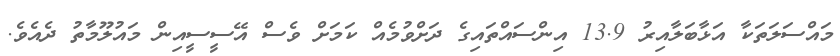
މައްސަލަތަކާ އަޅާބަލާއިރު 13.9 އިންސައްތައިގެ ދަށްވުމެއް ކަމަށް ވެސް އޭސީސީއިން މައުލޫމާތު ދެއެވެ.